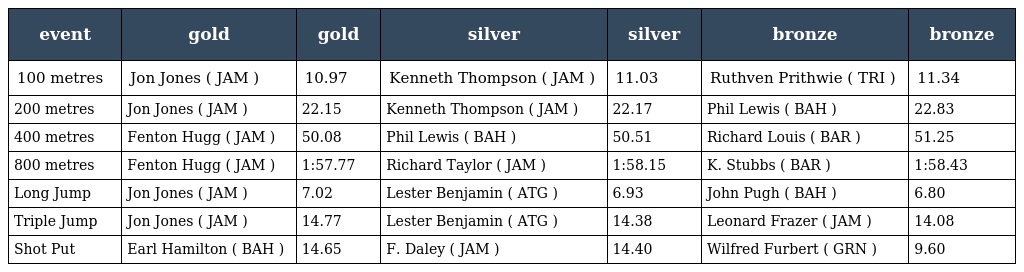
| event | gold | gold | silver | silver | bronze | bronze |
 | --- | --- | --- | --- | --- | --- | --- |
 | 100 metres | Jon Jones ( JAM ) | 10.97 | Kenneth Thompson ( JAM ) | 11.03 | Ruthven Prithwie ( TRI ) | 11.34 |
 | 200 metres | Jon Jones ( JAM ) | 22.15 | Kenneth Thompson ( JAM ) | 22.17 | Phil Lewis ( BAH ) | 22.83 |
 | 400 metres | Fenton Hugg ( JAM ) | 50.08 | Phil Lewis ( BAH ) | 50.51 | Richard Louis ( BAR ) | 51.25 |
 | 800 metres | Fenton Hugg ( JAM ) | 1:57.77 | Richard Taylor ( JAM ) | 1:58.15 | K. Stubbs ( BAR ) | 1:58.43 |
 | Long Jump | Jon Jones ( JAM ) | 7.02 | Lester Benjamin ( ATG ) | 6.93 | John Pugh ( BAH ) | 6.80 |
 | Triple Jump | Jon Jones ( JAM ) | 14.77 | Lester Benjamin ( ATG ) | 14.38 | Leonard Frazer ( JAM ) | 14.08 |
 | Shot Put | Earl Hamilton ( BAH ) | 14.65 | F. Daley ( JAM ) | 14.40 | Wilfred Furbert ( GRN ) | 9.60 |